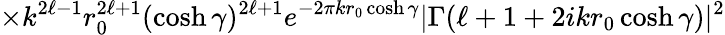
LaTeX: \times k^{2\ell-1}r_{0}^{2\ell+1}(\cosh\gamma)^{2\ell+1}e^{-2\pi kr_{0}\cosh\gamma}|\Gamma(\ell+1+2ikr_{0}\cosh\gamma)|^{2}